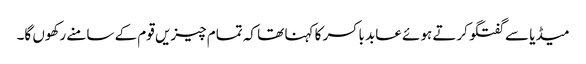
میڈیا سے گفتگو کرتے ہوئے عابد باکسر کا کہنا تھا کہ تمام چیزیں قوم کے سامنے رکھوں گا۔